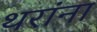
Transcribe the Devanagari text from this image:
थरांना